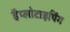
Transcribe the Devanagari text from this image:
हैप्लोटाइपिंग